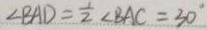
\angle B A D = \frac { 1 } { 2 } \angle B A C = 3 0 ^ { \circ }